Vaccination in Bombay 1924-1928 - 1924-1928
Year: 1924
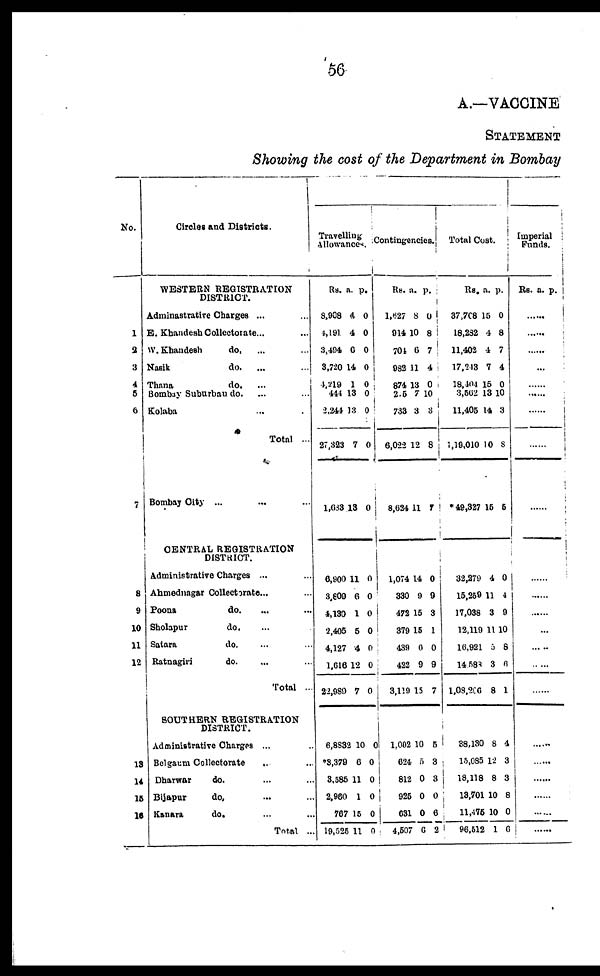
56
A.—VACCINE
STATEMENT
Showing the cost of the Department in Bombay
No.
1
3
3
4
5
6
Circles and Districts.
WESTERN REGISTRATION
DISTRICT.
Adminastrative Charges ... ...
E. Khandesh Collectorate... ...
W.Khandesh
do. ... ...
Nasik
do. ... ...
Thana
do. ... ...
Bombay Suburban do. ... ...
Kolaba ... ...
Total ...
7
8
9
10
11
12
13
14
15
16
Bombay City ...
CENTRAL REGISTRATION
DISTRICT.
Administrative Charges ... ...
Ahmednagar Collectorate... ...
Poona
do. ... ...
Sholapur
do. ... ...
Satara
do. ... ...
Ratnagiri
do. ... ...
Total ...
SOUTHERN REGISTRATION
DISTRICT.
Administrative Charges ... ...
Belgaum Collectorate ... ...
Dharwar
do. ... ...
Bijapur
do. ... ...
Kanara
do. ... ...
Total ...
Travelling
Allowances.
Rs.
8,908
4,191
3,494
3,720
4,219
444
2,244
27,323
1,633
a.
4
4
6
14
1
13
13
7
13
p.
0
0
0
0
0
0
0
0
0
6,900
3,809
4,130
2,405
4,127
1,616
22,989
11
6
1
5
4
12
7
0
0
0
0
0
0
0
6,8832
*3,379
3,585
2,980
767
19,525
10
6
11
1
15
11
0
0
0
0
0
0
Contingencies.
Rs.
1,627
914
704
982
874
205
733
6,022
8,634
a.
8
10
6
11
13
7
3
12
11
p.
0
8
7
4
0
10
3
8
7
1,074
330
472
379
439
422
3,119
14
9
15
15
0
9
15
0
9
3
1
0
9
7
1,002
624
812
925
631
4,507
10
5
0
0
0
6
5
3
3
0
6
2
Total Cost.
Rs.
37,708
18,232
11,402
17,243
18,404
3,562
11,405
1,19,010
*49,327
a.
15
4
4
7
15
13
14
10
15
p.
0
8
7
4
0
10
3
8
5
32,279
15,259
17,038
12,119
16,921
14,588
1,08,206
4
11
3
11
5
3
8
0
4
9
10
8
6
1
38,130
15,085
18,118
13,701
11,475
96,512
8
12
8
10
10
1
4
3
3
8
0
6
Imperial
Funds.
Rs. a. p.
......
......
......
......
......
......
......
......
......
......
......
......
...
......
......
......
......
......
......
......
......
......